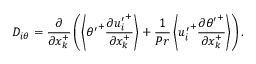
D _ { i \theta } = \frac { \partial } { \partial x _ { k } ^ { + } } \left( \left< { \theta ^ { \prime } } ^ { + } \frac { \partial { u _ { i } ^ { \prime } } ^ { + } } { \partial x _ { k } ^ { + } } \right> + \frac { 1 } { P r } \left< { u _ { i } ^ { \prime } } ^ { + } \frac { \partial { \theta ^ { \prime } } ^ { + } } { \partial x _ { k } ^ { + } } \right> \right) .